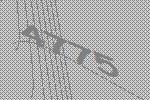
4775